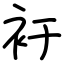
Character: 衧